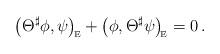
LaTeX: \begin{align*}\big(\Theta^\sharp\phi,\psi\big)_{\!\mbox{\tiny E}} + \big(\phi,\Theta^\sharp\psi\big)_{\!\mbox{\tiny E}} = 0\,.\end{align*}